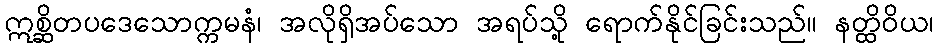
ဣစ္ဆိတပဒေသောက္ကမနံ၊ အလိုရှိအပ်သော အရပ်သို့ ရောက်နိုင်ခြင်းသည်။ နတ္ထိဝိယ၊